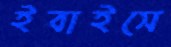
ইবাইসে